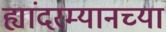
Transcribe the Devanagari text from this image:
ह्यांदरम्यानच्या